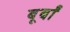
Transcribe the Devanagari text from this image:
बूर्बों